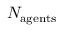
N _ { \mathrm { a g e n t s } }